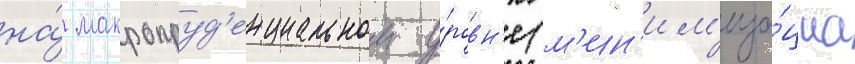
на́ макропруд'енциальном у́ровн'е (м'ин'им'иза́циа